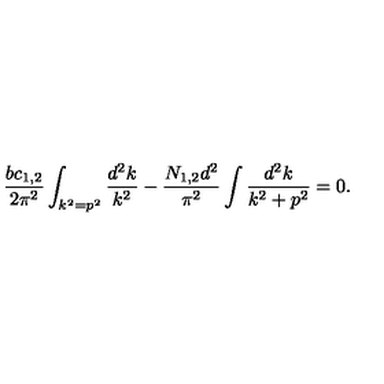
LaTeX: { \frac { b c _ { 1 , 2 } } { 2 \pi ^ { 2 } } } \int _ { k ^ { 2 } = p ^ { 2 } } { \frac { d ^ { 2 } k } { k ^ { 2 } } } - { \frac { N _ { 1 , 2 } d ^ { 2 } } { \pi ^ { 2 } } } \int { \frac { d ^ { 2 } k } { k ^ { 2 } + p ^ { 2 } } } = 0 .